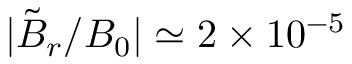
| \tilde { B } _ { r } / B _ { 0 } | \simeq 2 \times 1 0 ^ { - 5 }